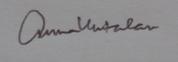
Signature authenticity: genuine